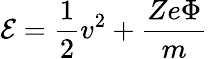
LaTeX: \mathcal{E}=\frac{1}{2}v^{2}+\frac{Ze\Phi}{m}